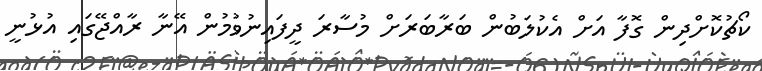
ކޯޗުކޮށްދިން ގޮފާ އަށް އެކުލަބުން ބަރާބަރަށް މުސާރަ ދީފައިނުވުމުން އޭނާ ރާއްޖޭގައި އުޅުނީ